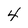
Character: 4